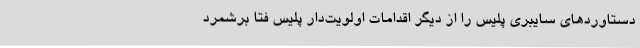
دستاوردهای سایبری پلیس را از دیگر اقدامات اولویت‌دار پلیس فتا برشمرد